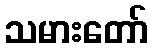
သမားတော်